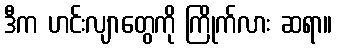
ဒီက ဟင်းလျာတွေကို ကြိုက်လား ဆရာ။